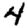
Digit: 4